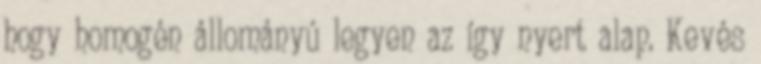
hogy homogén állományú legyen az így nyert alap. Kevés